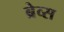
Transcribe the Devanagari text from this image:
ब्रेव्स